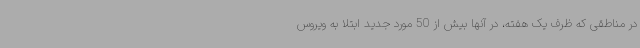
در مناطقی که ظرف یک هفته، در آنها بیش از 50 مورد جدید ابتلا به ویروس